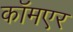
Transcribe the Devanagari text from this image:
कॉमएर